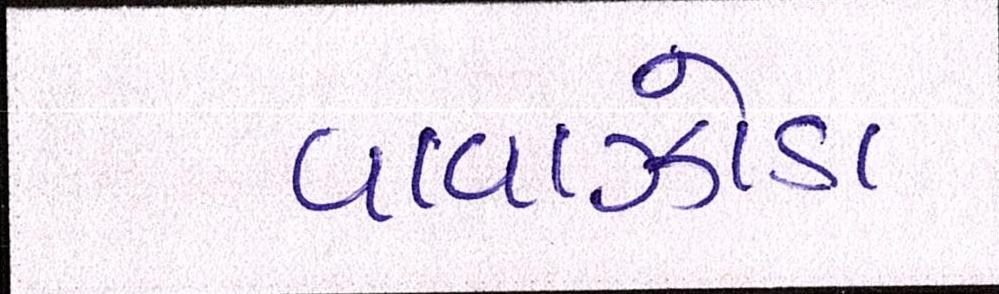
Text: વાવાઝોડા